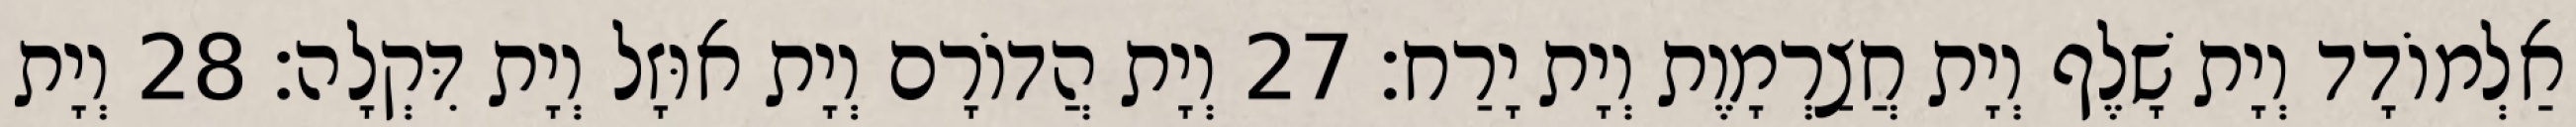
אַלְמוֹדָד וְיָת שָׁלֶף וְיָת חֲצַרְמָוֶת וְיָת יָרַח׃ 27 וְיָת הֲדוֹרָם וְיָת אוּזָל וְיָת דִּקְלָה׃ 28 וְיָת